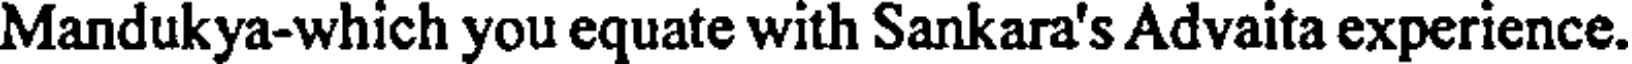
Mandukya-which you equate with Sankara's Advaita experience.